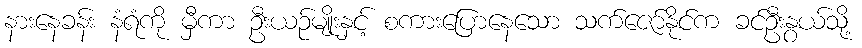
နားနေခန်း နံရံကို မှီကာ ဦးယဉ်မျိုးနှင့် စကားပြောနေသော သက်ဇော်နိုင်က ခင်ဦးနွယ်သို့